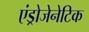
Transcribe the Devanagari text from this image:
एंड्रोजेनेटिक